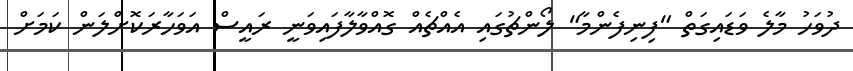
ދުވަހު މާލެ ވަޑައިގަތް "ފިނިފެންމާ" ލޯންޗުގައި އެއްޗެއް ގޮއްވާލާފައިވަނީ ރައީސް އަވަހާރަކޮށްލަން ކަމަށް